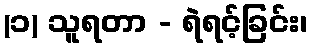
(၁) သူရတာ - ရဲရင့်ခြင်း၊